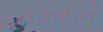
વનવાસનો